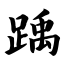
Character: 踽